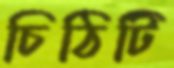
চিঠিটি